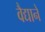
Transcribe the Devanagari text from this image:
वैद्यानें